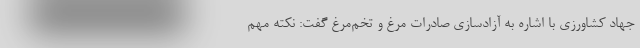
جهاد کشاورزی با اشاره به آزادسازی صادرات مرغ و تخم‌مرغ گفت: نکته مهم